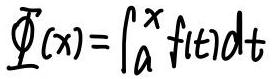
\[ \varPhi(x)=\int_{a}^{x} f(t)dt \]